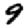
Digit: 9